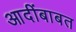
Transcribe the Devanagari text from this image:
आदींबाबत